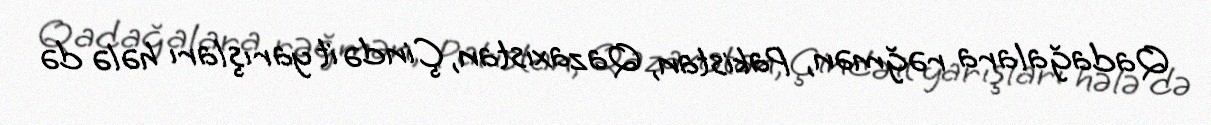
Qadağalara rəğmən, Pakistan, Qazaxıstan, Çində it yarışları hələ də